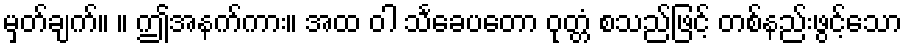
မှတ်ချက်။ ။ ဤအနက်ကား။ အထ ဝါ သင်္ခေပတော ဝုတ္တံ စသည်ဖြင့် တစ်နည်းဖွင့်သော